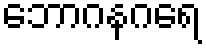
ဘောဂနဂရေ